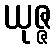
ယုဇ္ဇ